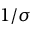
1 / \sigma